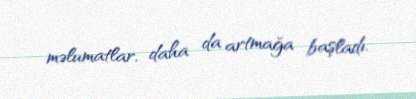
məlumatlar, daha da artmağa başladı.